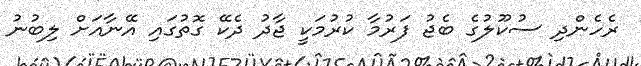
ރެހެންދި ސުކޫލުގެ ބެޖު ފަރުމާ ކުރުމަކީ ޖާދު ދެކޭ ގޮތުގައި އޭނާއަށް ލިބުނު